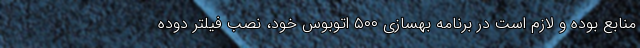
منابع بوده و لازم است در برنامه بهسازی ۵۰۰ اتوبوس خود، نصب فیلتر دوده